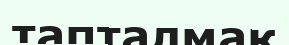
тапталмақ